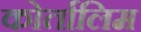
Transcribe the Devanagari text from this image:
कोर्तालिम